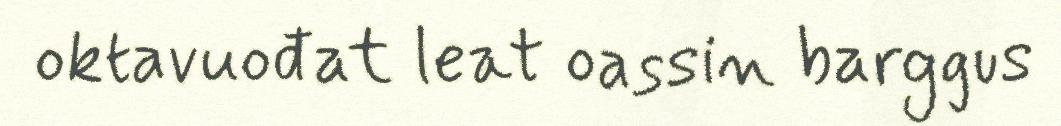
oktavuođat leat oassin barggus